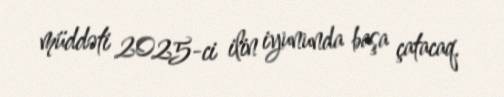
müddəti 2025-ci ilin iyununda başa çatacaq.